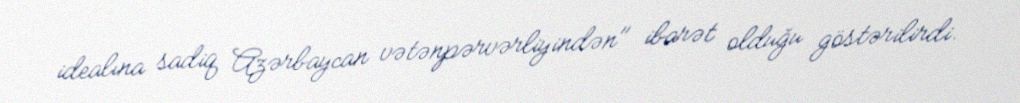
idealına sadiq Azərbaycan vətənpərvərliyindən" ibarət olduğu göstərilirdi.